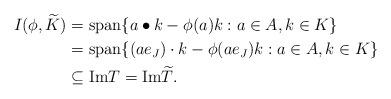
LaTeX: \begin{align*}I(\phi,\widetilde{K})&=\textrm{span}\{a\bullet k-\phi(a)k : a\in A, k\in K\}\\&=\textrm{span}\{(ae_{J})\cdot k-\phi(ae_{J})k : a\in A, k\in K\}\\&\subseteq \textrm{Im}T=\textrm{Im}\widetilde{T}.\end{align*}